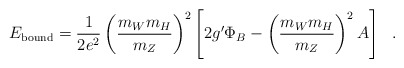
\begin{align*}E_{\rm bound}=\frac{1}{2 e^2}\left( \frac{m_W m_H}{m_Z}\right)^2\left[2 g^{\prime} \Phi_B- \left( \frac{m_W m_H}{m_Z}\right)^2 A\right]~~.\end{align*}